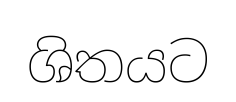
ශිතයට